Report on vaccination in Madras 1922-1929 - 1922-1929
Year: 1922
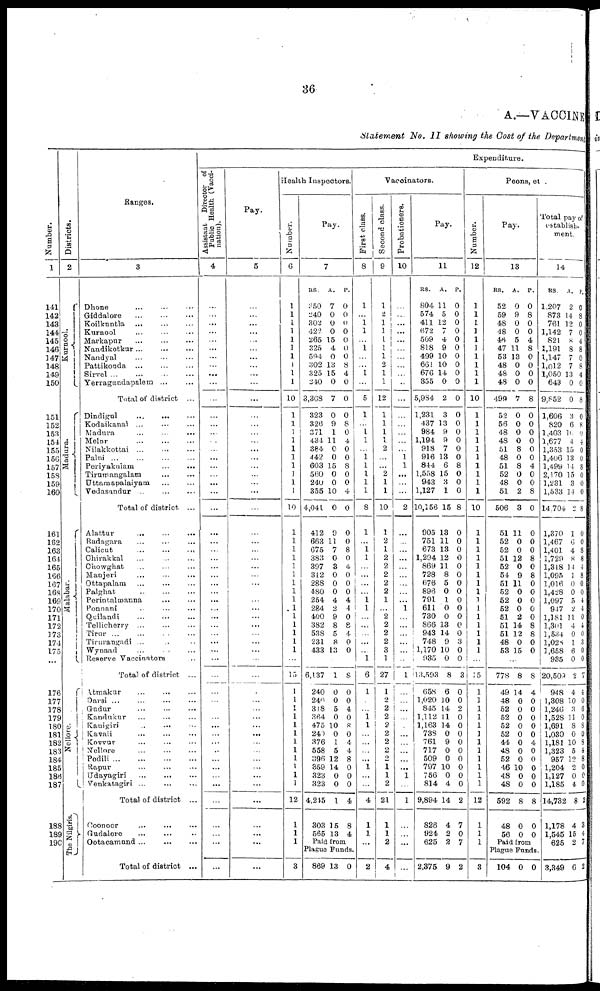
36
A.—VACCINE
Statement No. II showing the Cost of the Department
Number.
1
141
142
148
144
145
146
147
148
149
150
151
152
153
154
155
156
157
158
159
160
161
162
163
16+
165
166
167
168
169
170
171
172
173
174
175
176
177
178
179
180
181
182
183
184
185
186
187
188
189
190
Districts.
2
Kurnool.
Madura.
Malabar.
Nellore.
The Nilgiris.
Ranges.
8
Dhone ... ... ...
Griddalore ... ... ...
Koilkuntla ... ... ...
Kurnool ... ... ...
Markapur
...
...
...
Nandikotkur
...
...
...
Nandyal ... ... ...
Pattikonda
...
...
...
Sirvel ... ... ... ...
Yerragundapalem
...
...
Total of district ...
Dindigul
...
... ...
Kodaikanal ... ... ...
Madura ... ... ...
Melur
...
...
...
Nilakkottai ... ... ...
Palni
...
...
...
...
Periyakniam
...
...
Tirumangalam
...
...
Uttamapalaiyam
...
...
Vedasandur ...
...
...
Total of district ...
Alattur
...
...
Rudagara ... ... ...
Calicut ... ...
Chirakkal ... ... ...
Chowghat ... ... ...
Manjeri ... ... ...
Ottapalam ... ... ...
Palghat ... ... ...
Perintalmanna ... ...
Ponnani ... ... ...
Quilandi ... ... ...
Tellicherry ... ... ...
Tirur ...
...
...
Tirurangadi ... ... ...
Wynaad
... ... ...
Reserve Vaccinators ...
Total of district ...
Atmakur
...
...
...
Darsi ... ... ... ...
Gudur ... ... ...
Kandukur ... ... ...
Kanigiri ... ... ...
Kavali ... ... ...
Kovvur ... ... ...
Nellore ... ... ...
Podili
...
...
...
...
Rapur ... ... ...
Udayagiri
...
...
...
Venkatagiri ...
...
...
Total of district ...
Coonoor ... ... ...
Gudalore
... ... ...
Ootacamund ... ... ...
Total of district ...
Expenditure.
Assistant Director of
Public Health (Vacci-
nation).
4
...
...
...
...
...
...
...
...
...
...
...
...
...
...
...
...
...
...
...
...
...
...
...
...
...
...
...
...
...
...
...
...
...
...
...
...
...
...
...
...
...
...
...
...
...
...
...
...
...
...
...
...
...
...
...
...
Pay.
5
...
...
...
...
...
...
...
...
...
...
...
...
...
...
...
...
...
...
...
...
...
...
...
...
...
...
...
...
...
...
...
...
...
...
...
...
...
...
...
...
...
...
...
...
...
...
...
...
...
...
...
...
...
...
...
...
Health Inspectors.
Number.
6
1
1
1
1
1
1
1
1
1
1
10
1
1
1
1
1
1
1
1
1
1
10
1
1
1
1
1
1
1
1
1
1
1
1
1
1
1
...
15
1
1
1
1
1
1
1
1
1
1
1
1
12
1
1
1
3
Pay.
7
RS.
350
240
802
423
265
325
594
802
325
240
3,368
323
326
371
484
384
442
603
560
240
355
4,041
412
663
675
383
397
312
288
480
254
284
400
382
538
231
433
...
6,137
240
240
318
364
475
240
376
558
396
359
323
323
4,245
303
565
A.
7
0
0
0
15
4
0
13
15
0
7
0
9
1
11
0
0
15
0
0
10
0
9
11
7
0
3
0
0
0
4
2
9
8
5
8
13
...
1
0
0
5
0
10
0
1
5
12
14
0
0
1
15
13
P.
0
0
0
0
0
0
0
8
4
0
0
0
8
0
4
0
0
8
0
0
4
0
0
0
8
0
4
0
0
0
4
4
0
8
4
0
0
...
8
0
0
4
0
8
0
4
4
8
0
0
0
4
8
4
Paid from
Plague Funds.
869 13 0
Vaccinators.
First class.
8
1
...
1 1
...
1
...
...
1
...
5
1
...
1
1
...
1
1
1
1
1
8
1
... 1
1
...
...
...
...
1
1
...
...
...
...
...
1
6
1
...
...
1 1
...
...
...
... 1
...
...
4
1
1
...
2
Second class.
9
1
2
1
1
1
1
1
2
1
1
12
1
1
1
1
2
...
...
2
1
1
10
1
2
1
2
2
2
2
2
1
... 2
2
2
2
3
1
27
1
2
2
2
2
2
2
2
2
1
1
2
21
1
1
2
4
Probationers.
10
...
...
...
...
...
...
...
...
...
...
...
...
...
...
...
...
1
1
...
...
...
2
...
...
...
...
...
...
...
...
... 1
...
...
...
...
...
...
1
...
...
...
...
...
...
...
...
...
...
1
...
1
...
...
...
...
Pay.
11
RS.
804
574
411
672
509
818
499
661
676
355
5,984
1,231
437
984
1,194
918
916
844
1,558
943
1,127
10,156
905
751
673
1,294
869
728
676
896
791
611
730
866
943
748
1,170
935
13,593
658
1,020
845
1,112
1,163
738
761
717
509
797
756
814
9,894
826
924
625
2,375
A.
11
5
12
7
4
9
10
10
14
0
2
3
13
9
9
7
13
6
15
3
1
15
13
11
13
12
11
8
5
0
1
0
0
13
14
9
10
0
8
6
10
14
11
14
0
9
0
0
10
0
4
14
4
2
2
9
P.
0
0
0
0
0
0
0
0
0
0
0
0
0
0
0
0
0
8
0
0
0
8
0
0
0
0
0
0
0
0
0
0
0
0
0 3
0
0
3
0
0
2
0
0
0
0
0
0
0
0
0
2
7
0
7
2
Peons, etc.
Number.
12
1
1
1
1
1
1
1
1
1
1
10
1
1
1
1
1
1
1
1
1
1
10
1
1
1
1
1
1
1
1
1
1
1
1
1
1
1
...
15
1
1
1
1
1
1
1
1
1
1
1
1
12
1
1
1
3
Pay.
13
RS.
52
59
48
48
46
47
53
48
48
48
499
52
56
48
48
51
48
51
52
48
51
506
51
52
52
51
52
54
51
52
52
52
51
51
51
48
53
A.
0
9
0
0
5
11
13
0
0
0
7
0
0
0
0
8
0
8
0
0
2
3
11
0
0
12
0
9
11
0
0
0
2
14
12
0
15
P.
0
8
0
0
4
8
0
0
0
0
8
0
0
0
0
0
0
4
0
0
8
0
0
0
0
8
0
8
0
0
0
0
0
8
8
0
0
...
778
49
48
52
52
52
52
44
48
52
46
48
48
592
48
56
8
14
0
0
0
0
0
0
0
0
10
0
0
8
0
0
8
4
0
0
0
0
0
4
0
0
0
0
0
8
0
0
Paid from
Plague Funds.
104 0 0
Total pay of
establish.
ment.
14
RS.
1,207
873
761
1,142
821
1,191
1,147
1,012
1,050
643
9,852
1,606
820
1,403
1,677
l,353
1,406
1,499
2,170
1,231
1,533
14,704
1,370
1,467
1,401
1,729
1,318
1,095
1,016
1,428
1,097
947
1,181
1,301
1,534
1,028
1,658
985
20,509
948
1,308
1,246
1,528
1,691
1,030
1,181
1,323
957
1,204
1,127
1,185
14,732
1,178
1,545
625
3,349
A.
2
14
12
7
8
8
7
7
13
0
0
3
6
10
4
15
13
14
15
3
14
2
1
6
4
8
14
1
0
0
5
2
11
4
0
1
6
0
2
4
10
3
11
8
0
10
5
12
2
0
4
8
4
15
2
6
P.
0
8
0
0
4
8
0
8
4
0
8
0
8
0
4
0
0
8
0
0
0
8
0
0
8
8
4
8
0
0
4
4
0
4
0
3
0
0
7
4
0
6
0
8
0
8
4
8
0
0
0
2
3
4
7
2